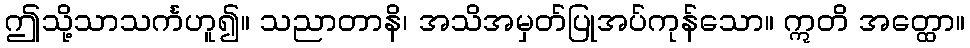
ဤသို့သာသင်္ကဟူ၍။ သညာတာနိ၊ အသိအမှတ်ပြုအပ်ကုန်သော။ ဣတိ အတ္ထော။